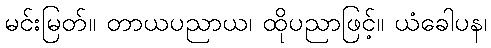
မင်းမြတ်။ တာယပညာယ၊ ထိုပညာဖြင့်။ ယံခေါပန၊